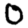
Digit: 0